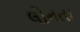
લોનતા